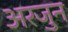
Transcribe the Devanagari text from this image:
अरजुन